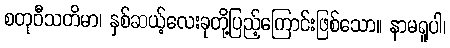
စတုဝီသတိမာ၊ နှစ်ဆယ့်လေးခုတို့ပြည့်ကြောင်းဖြစ်သော။ နာမရူပါ၊